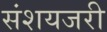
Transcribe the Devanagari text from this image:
संशयजरी